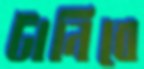
টানিবে